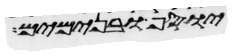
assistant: יוסף ובנימים